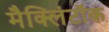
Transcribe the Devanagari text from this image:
मैक्लिंटॉक